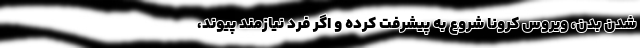
شدن بدن، ویروس کرونا شروع به پیشرفت کرده و اگر فرد نیازمند پیوند،